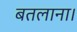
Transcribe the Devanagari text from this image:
बतलाना।